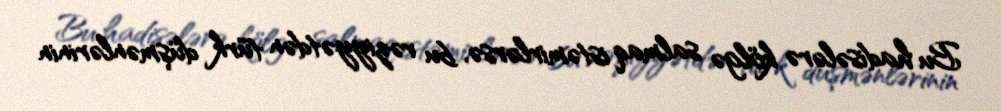
Bu hadisələrə kölgə salmaq istəmirlərsə, bu vəziyyətdən türk düşmənlərinin